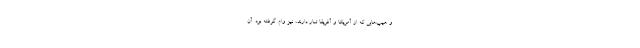
و هیپ‌هاپی که از آمریکا و آفریقا تبار دارند، نیز وام گرفته بود. آن